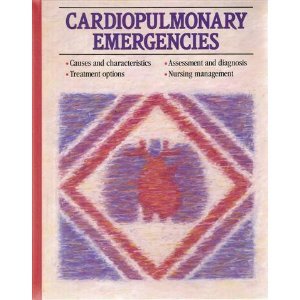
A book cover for Cardiopulmonary Emergencies; Medical Books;